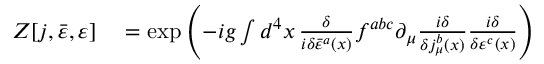
\begin{array} { r l } { Z [ j , { \bar { \varepsilon } } , \varepsilon ] } & { { } = \exp \left( - i g \int d ^ { 4 } x \, { \frac { \delta } { i \delta { \bar { \varepsilon } } ^ { a } ( x ) } } f ^ { a b c } \partial _ { \mu } { \frac { i \delta } { \delta j _ { \mu } ^ { b } ( x ) } } { \frac { i \delta } { \delta \varepsilon ^ { c } ( x ) } } \right) } \end{array}